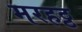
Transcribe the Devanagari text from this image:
मरहठ्ठ